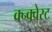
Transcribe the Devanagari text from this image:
क्न्क्वेस्ट